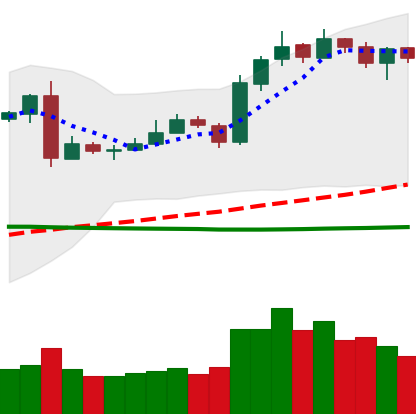
Ticker: LTC-USD
Chart end date: 2019-03-13
Forward return: 7.744%
Label: up_7plus